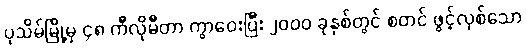
ပုသိမ်မြို့မှ ၄၈ ကီလိုမီတာ ကွာဝေးပြီး ၂၀၀၀ ခုနှစ်တွင် စတင် ဖွင့်လှစ်သော